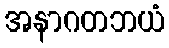
အနာဂတဘယံ